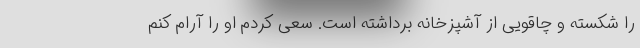
را شکسته و چاقویی از آشپزخانه برداشته است. سعی کردم او را آرام کنم